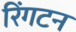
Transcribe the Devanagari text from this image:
रिंगटन